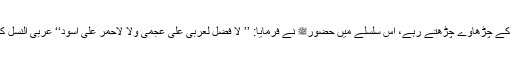
۳- وطنیت: یہ بھی ہمیشہ سے ایک ایسا بت رہی ہے، جس پر ہزار ہا انسانوں کے سروں کے چڑھاوے چڑھتے رہے، اس سلسلے میں حضورﷺ نے فرمایا: ’’ لا فضل لعربی علی عجمی ولا لأحمر علی أسود‘‘ عربی النسل کو عجمی النسل پر اور سرخ رنگ والے کو کالے رنگ والے پر کوئی برتری حاصل نہیں۔